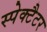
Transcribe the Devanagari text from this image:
स्पेक्टैटर